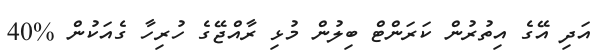
އަދި އޭގެ އިތުރުން ކަރަންޓް ބިލުން މުޅި ރާއްޖޭގެ ހުރިހާ ގެއަކުން %40